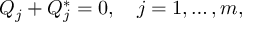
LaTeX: Q _ { j } + Q _ { j } ^ { * } = 0 , \quad j = 1 , \ldots , m ,